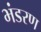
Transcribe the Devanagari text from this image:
भंडरण